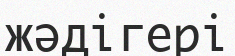
жәдігері